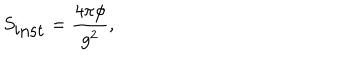
S _ { \mathrm { i n s t } } = \frac { 4 \pi \phi } { g ^ { 2 } } ,